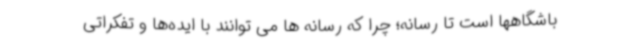
باشگاهها است تا رسانه؛ چرا که رسانه ها می توانند با ایده‌ها و تفکراتی